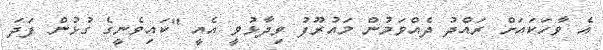
އެ ވާހަކައަށް ރައްދު ދެއްވަމުން މައުރޫފު ވިދާޅުވީ އެއީ "ކައިވެނީގެ ގުޅުން ފަދަ